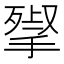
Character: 𢱵